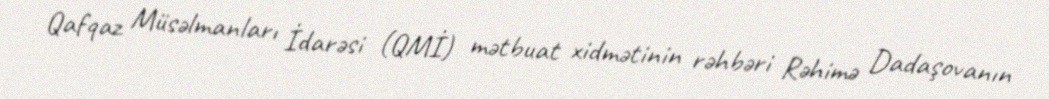
Qafqaz Müsəlmanları İdarəsi (QMİ) mətbuat xidmətinin rəhbəri Rəhimə Dadaşovanın